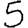
Digit: 5